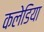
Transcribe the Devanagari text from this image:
कलेडिया